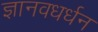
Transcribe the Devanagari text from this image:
ज्ञानवधर्धन